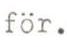
för.